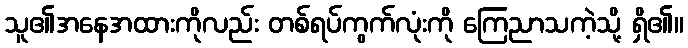
သူ၏အနေအထားကိုလည်း တစ်ရပ်ကွက်လုံးကို ကြေညာသကဲ့သို့ ရှိ၏။